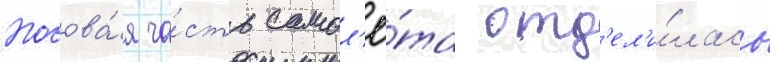
Носова́я ча́сть самол'ё́та отд'ел'и́лась